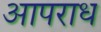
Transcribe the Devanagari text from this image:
आपराध